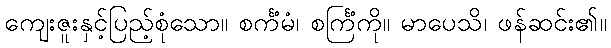
ကျေးဇူးနှင့်ပြည့်စုံသော။ စင်္ကံမံ၊ စင်္ကြံကို။ မာပေသိ၊ ဖန်ဆင်း၏။